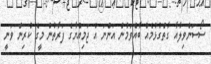
ސޯސަންވިލާއާ ގާތްގުޅުމެއް ބާއްވަމުން އަންނަ އެ ޖަމިއްޔާގެ ފަރާތުން މީގެ ކުރިން ވަނީ